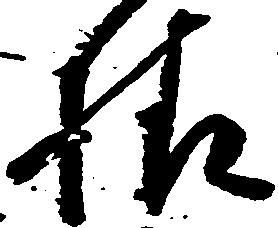
様